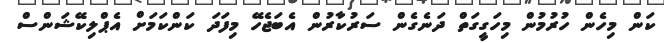
ކަން މިހެން ހުރުމުން މިހަގީގަތް ދަނެގެން ސަރުކާރުން އެބަޖެހޭ މިފަަދަ ކަންކަމަށް އެޕްލިކޭޝަންސް